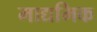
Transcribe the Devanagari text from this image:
माद्यमिक